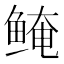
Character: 𬶖